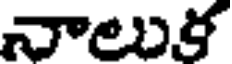
నాలుక